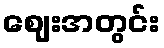
ဈေးအတွင်း